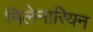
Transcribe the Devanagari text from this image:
मिलेनारियन